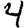
Digit: 4